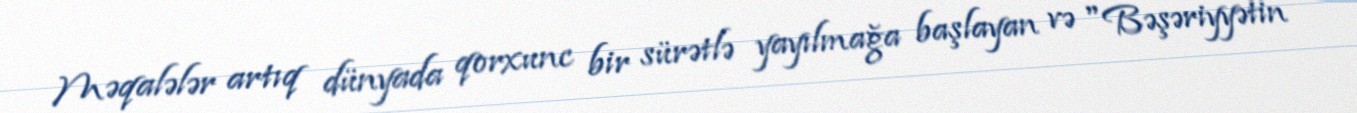
Məqalələr artıq dünyada qorxunc bir sürətlə yayılmağa başlayan və "Bəşəriyyətin